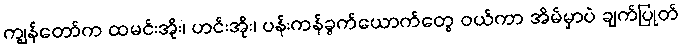
ကျွန်တော်က ထမင်းအိုး၊ ဟင်းအိုး၊ ပန်းကန်ခွက်ယောက်တွေ ဝယ်ကာ အိမ်မှာပဲ ချက်ပြုတ်